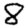
Digit: 8